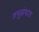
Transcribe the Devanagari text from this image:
लघुग्रंथात